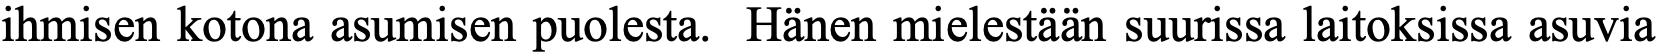
ihmisen kotona asumisen puolesta. Hänen mielestään suurissa laitoksissa asuvia